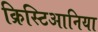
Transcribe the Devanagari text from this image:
क्रिस्टिआनिया